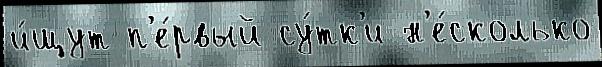
и́щут п'е́рвый су́тк'и н'е́сколько